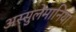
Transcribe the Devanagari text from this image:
अस्सुलेमानिया